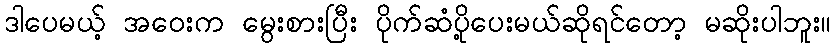
ဒါပေမယ့် အဝေးက မွေးစားပြီး ပိုက်ဆံပို့ပေးမယ်ဆိုရင်တော့ မဆိုးပါဘူး။